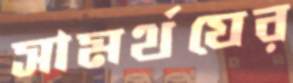
সামর্থযের